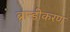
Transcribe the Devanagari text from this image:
ब्रान्डीकरण